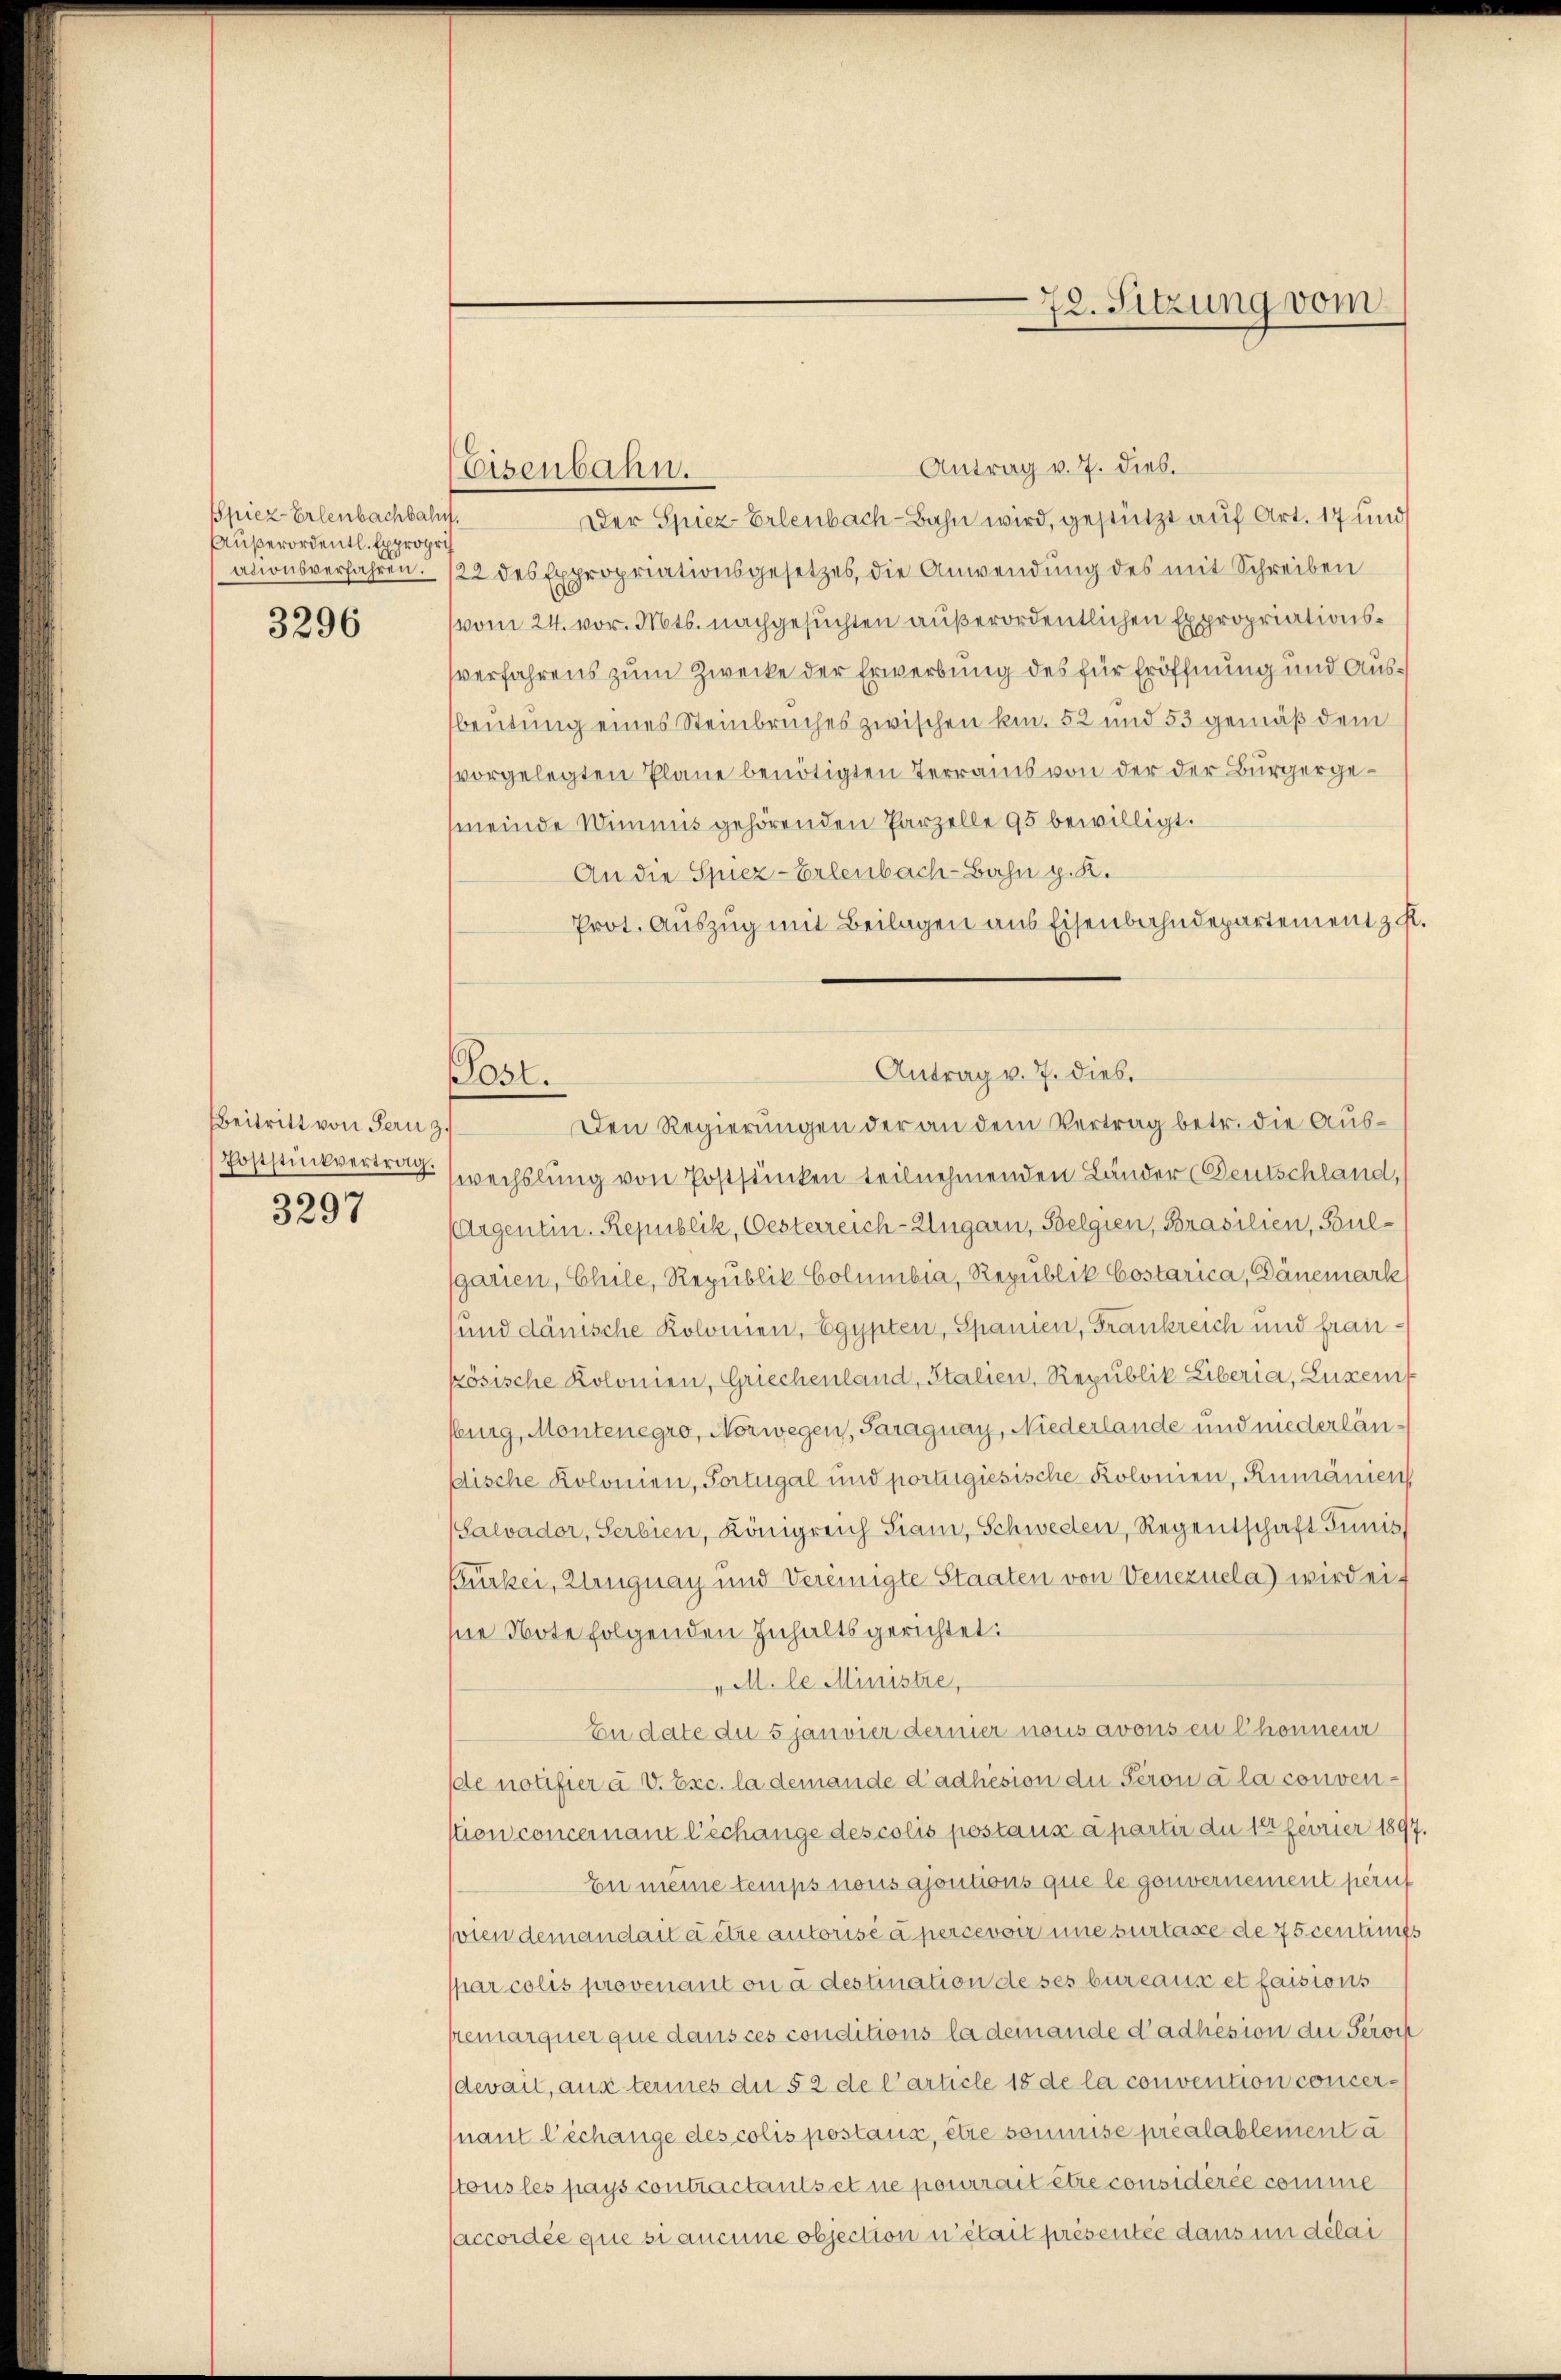
Spiez-Erlenbachbahn.
Außerordentl. Expropri
ationsverfahren.

3296

Beitritt von Fern z.
Poststückvertrag.
3297

Eisenbahn.

Post.

72. Sitzung vom

Antrag v. 7. dies.
Der Spiez Erlenbach-Bahn wird, gestützt auf Art. 17 und
122 des Expropriationsgesetzes, die Anwendung des mit Schreiben
(vom 24. vor. Mts. nachgesuchten außerordentlichen Expropriationsverfahrens zum Zwecke der Erwerbung des für Eröffnung und Ausbeutung eines Steinbruches zwischen kn. 52 und 53 gemäß dem
vorgelegten Pläne benötigten Terrains von der der Bürgergemeinde Wimmis gehörenden Parzelle 95 bewilligt.
An die Spiez-Erlenbach-Bahn g. K.
Prot. Auszug mit Beilagen aus Eisenbahndepartement fl.
wechslung von Postsunken teilnehmenden Länder (Deutschland,
Argentin. Republik, Oesterreich-Ungarn, Belgien, Brasilien, Bulgarien, Chile, Republik Columbia, Republik Costarica, Dänemark
sund dänische Kolonien, Egypten, Spanien, Frankreich und franösische Kolonien, Griechenland, Italien, Republik Liberia, Luxen
burg, Montenegro, Norwegen, Paraguay, Niederlande und niederlänßische Kolonien, Fortugal und portirgiesische Kolonien, Rumänien
Salvador, Serbien, Königreich Siam, Schweden, Regentschaft Tunis
Bürkei, Zeugnay und Vereinigte Staaten von Venezuela) wird eif
hne Note folgenden Inhaltsgerichtet:
"M. le Ministre,
En date du 5 janvier dernier nous avonsen Chonnenr
de notifier u. V. Exc. la demande d’adhésion du Seron à la convenstion concernant l’échange des colis postaus a partir du 12 feurier 1897.
En meine temps nous ajoutions que le gouvernement peruf
vien demandait à être autorisé à percevoir eine surtaxe de 75 centimats
par colis provenant ou à destination de ses bureaus et faisions
remarquer que dans ces conditions la deinande d’adhésion die Seron
dewait, aus terines die § 2 de l’article 18 de la convention concernant l’échange des colis postaus, etce soumise préalablement à
ktous les pays contractants et ne pourrait être considérée comme
accordée que si aucune objection n’était présentée dans un délai

Antrag v. 7. dies.
Den Regierungen der an dem Vertrag betr. die Aus¬